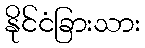
နိုင်ငံခြားသား